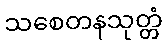
သစေတနသုတ္တံ